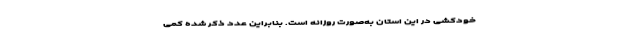
خودکشی در این استان به‌صورت روزانه است. بنابراین عدد ذکر شده کمی